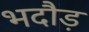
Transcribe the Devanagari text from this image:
भदौड़